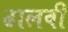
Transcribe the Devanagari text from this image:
ढालवीं